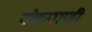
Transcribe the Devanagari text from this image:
टंकपाणी